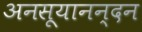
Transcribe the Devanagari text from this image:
अनसूयानन्‍दन